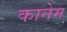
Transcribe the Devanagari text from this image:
कानेम